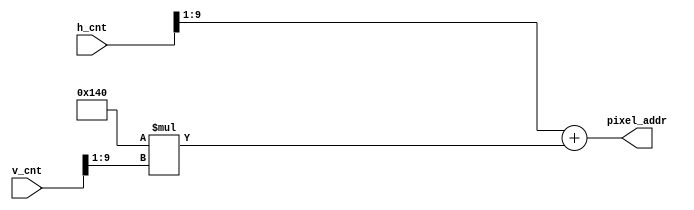
module mem_addr_gen_background(
   input [9:0] h_cnt,
   input [9:0] v_cnt,
   output [16:0] pixel_addr
   );  

	assign pixel_addr = (h_cnt>>1)+320*(v_cnt>>1);  //640*480 --> 320*240 
	
endmodule